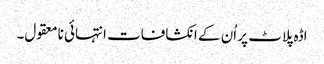
اڈہ پلاٹ پر اُن کے انکشافات انتہائی نامعقول۔